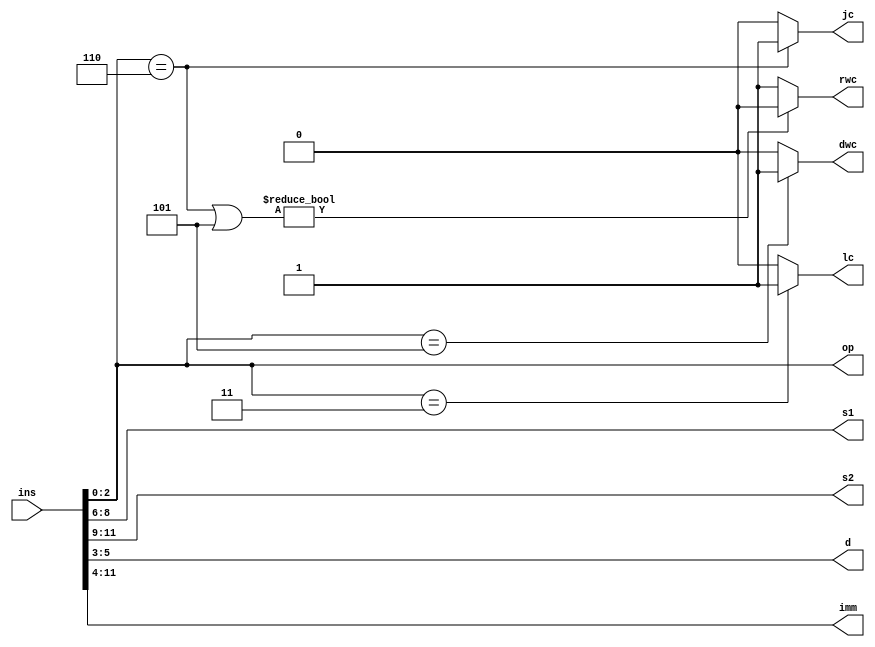
module Control_Unit(op,s1,s2,d,jc,lc,dwc,rwc,imm,ins);
    input [11:0]ins;
    output [7:0] imm;
    output [2:0] op,s1,s2,d;
    output jc,lc,dwc,rwc;
    assign op = ins[2:0]; 
    assign d = ins[5:3]; 
    assign  s1 = ins[8:6]; 
    assign  s2 = ins[11:9]; 
    assign jc  = (ins[2:0]==3'b110)?1:0;
    assign lc  = (ins[2:0]==3'b011)?1:0;
    assign dwc= (ins[2:0]==3'b101)?1:0;
    assign rwc= (ins[2:0]==3'b110 |3'b101 )?0:1;
    assign imm = ins[11:4];
endmodule